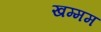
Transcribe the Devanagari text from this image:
खम्‍मम